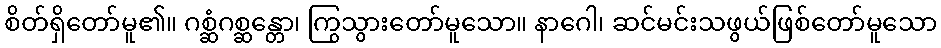
စိတ်ရှိတော်မူ၏။ ဂစ္ဆံဂစ္ဆန္တော၊ ကြွသွားတော်မူသော။ နာဂေါ၊ ဆင်မင်းသဖွယ်ဖြစ်တော်မူသော